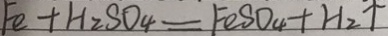
F e + H _ { 2 } S O _ { 4 } = F O S O _ { 4 } + H _ { 2 } \uparrow